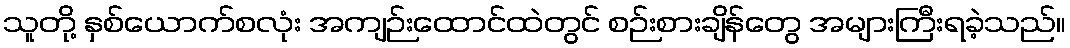
သူတို့ နှစ်ယောက်စလုံး အကျဉ်းထောင်ထဲတွင် စဉ်းစားချိန်တွေ အများကြီးရခဲ့သည်။